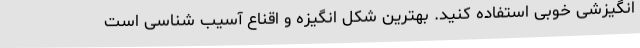
انگیزشی خوبی استفاده کنید. بهترین شکل انگیزه و اقناع آسیب شناسی است